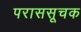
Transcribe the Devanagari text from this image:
पराससूचक